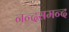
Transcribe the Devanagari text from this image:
नन्‍दसमन्‍द